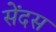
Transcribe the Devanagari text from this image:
सेंदस